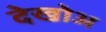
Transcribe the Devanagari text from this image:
देखोअ